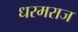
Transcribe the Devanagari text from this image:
धरमराज